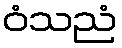
ဝံသညံ